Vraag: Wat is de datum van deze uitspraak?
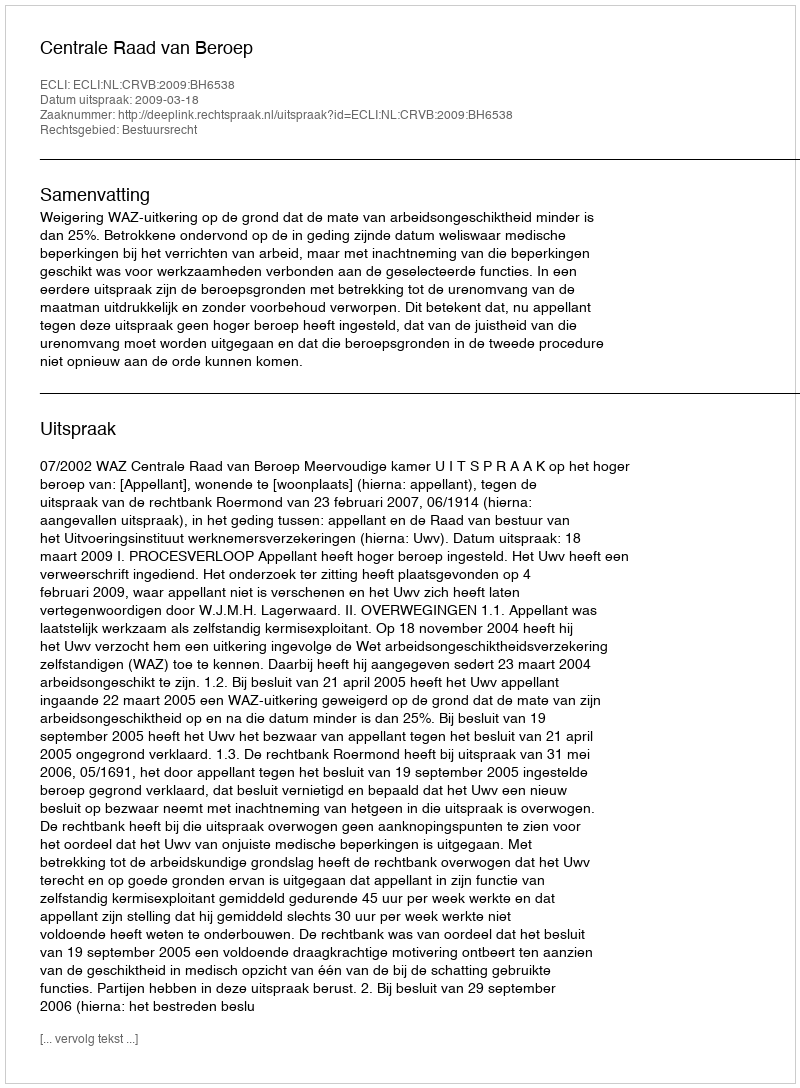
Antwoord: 2009-03-18